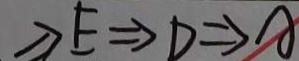
\Rightarrow E \Rightarrow D \Rightarrow A